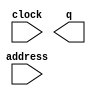
// megafunction wizard: %ROM: 1-PORT%VBB%
// GENERATION: STANDARD
// VERSION: WM1.0
// MODULE: altsyncram 

// ============================================================
// Megafunction Name(s):
// 			altsyncram
//
// Simulation Library Files(s):
// 			altera_mf
// ============================================================
// ************************************************************
// THIS IS A WIZARD-GENERATED FILE. DO NOT EDIT THIS FILE!
//
// 13.0.1 Build 232 06/12/2013 SP 1 SJ Full Version
// ************************************************************

//Copyright (C) 1991-2013 Altera Corporation
//Your use of Altera Corporation's design tools, logic functions 
//and other software and tools, and its AMPP partner logic 
//functions, and any output files from any of the foregoing 
//(including device programming or simulation files), and any 
//associated documentation or information are expressly subject 
//to the terms and conditions of the Altera Program License 
//Subscription Agreement, Altera MegaCore Function License 
//Agreement, or other applicable license agreement, including, 
//without limitation, that your use is for the sole purpose of 
//programming logic devices manufactured by Altera and sold by 
//Altera or its authorized distributors.  Please refer to the 
//applicable agreement for further details.

module MemoriaROM (
	address,
	clock,
	q);

	input	[3:0]  address;
	input	  clock;
	output	[7:0]  q;
`ifndef ALTERA_RESERVED_QIS
// synopsys translate_off
`endif
	tri1	  clock;
`ifndef ALTERA_RESERVED_QIS
// synopsys translate_on
`endif

endmodule

// ============================================================
// CNX file retrieval info
// ============================================================
// Retrieval info: PRIVATE: ADDRESSSTALL_A NUMERIC "0"
// Retrieval info: PRIVATE: AclrAddr NUMERIC "0"
// Retrieval info: PRIVATE: AclrByte NUMERIC "0"
// Retrieval info: PRIVATE: AclrOutput NUMERIC "0"
// Retrieval info: PRIVATE: BYTE_ENABLE NUMERIC "0"
// Retrieval info: PRIVATE: BYTE_SIZE NUMERIC "8"
// Retrieval info: PRIVATE: BlankMemory NUMERIC "0"
// Retrieval info: PRIVATE: CLOCK_ENABLE_INPUT_A NUMERIC "0"
// Retrieval info: PRIVATE: CLOCK_ENABLE_OUTPUT_A NUMERIC "0"
// Retrieval info: PRIVATE: Clken NUMERIC "0"
// Retrieval info: PRIVATE: IMPLEMENT_IN_LES NUMERIC "0"
// Retrieval info: PRIVATE: INIT_FILE_LAYOUT STRING "PORT_A"
// Retrieval info: PRIVATE: INIT_TO_SIM_X NUMERIC "0"
// Retrieval info: PRIVATE: INTENDED_DEVICE_FAMILY STRING "Cyclone IV E"
// Retrieval info: PRIVATE: JTAG_ENABLED NUMERIC "0"
// Retrieval info: PRIVATE: JTAG_ID STRING "NONE"
// Retrieval info: PRIVATE: MAXIMUM_DEPTH NUMERIC "0"
// Retrieval info: PRIVATE: MIFfilename STRING "../uP_Programa.hex"
// Retrieval info: PRIVATE: NUMWORDS_A NUMERIC "16"
// Retrieval info: PRIVATE: RAM_BLOCK_TYPE NUMERIC "0"
// Retrieval info: PRIVATE: RegAddr NUMERIC "1"
// Retrieval info: PRIVATE: RegOutput NUMERIC "0"
// Retrieval info: PRIVATE: SYNTH_WRAPPER_GEN_POSTFIX STRING "0"
// Retrieval info: PRIVATE: SingleClock NUMERIC "1"
// Retrieval info: PRIVATE: UseDQRAM NUMERIC "0"
// Retrieval info: PRIVATE: WidthAddr NUMERIC "4"
// Retrieval info: PRIVATE: WidthData NUMERIC "8"
// Retrieval info: PRIVATE: rden NUMERIC "0"
// Retrieval info: LIBRARY: altera_mf altera_mf.altera_mf_components.all
// Retrieval info: CONSTANT: ADDRESS_ACLR_A STRING "NONE"
// Retrieval info: CONSTANT: CLOCK_ENABLE_INPUT_A STRING "BYPASS"
// Retrieval info: CONSTANT: CLOCK_ENABLE_OUTPUT_A STRING "BYPASS"
// Retrieval info: CONSTANT: INIT_FILE STRING "../uP_Programa.hex"
// Retrieval info: CONSTANT: INTENDED_DEVICE_FAMILY STRING "Cyclone IV E"
// Retrieval info: CONSTANT: LPM_HINT STRING "ENABLE_RUNTIME_MOD=NO"
// Retrieval info: CONSTANT: LPM_TYPE STRING "altsyncram"
// Retrieval info: CONSTANT: NUMWORDS_A NUMERIC "16"
// Retrieval info: CONSTANT: OPERATION_MODE STRING "ROM"
// Retrieval info: CONSTANT: OUTDATA_ACLR_A STRING "NONE"
// Retrieval info: CONSTANT: OUTDATA_REG_A STRING "UNREGISTERED"
// Retrieval info: CONSTANT: WIDTHAD_A NUMERIC "4"
// Retrieval info: CONSTANT: WIDTH_A NUMERIC "8"
// Retrieval info: CONSTANT: WIDTH_BYTEENA_A NUMERIC "1"
// Retrieval info: USED_PORT: address 0 0 4 0 INPUT NODEFVAL "address[3..0]"
// Retrieval info: USED_PORT: clock 0 0 0 0 INPUT VCC "clock"
// Retrieval info: USED_PORT: q 0 0 8 0 OUTPUT NODEFVAL "q[7..0]"
// Retrieval info: CONNECT: @address_a 0 0 4 0 address 0 0 4 0
// Retrieval info: CONNECT: @clock0 0 0 0 0 clock 0 0 0 0
// Retrieval info: CONNECT: q 0 0 8 0 @q_a 0 0 8 0
// Retrieval info: GEN_FILE: TYPE_NORMAL MemoriaROM.v TRUE
// Retrieval info: GEN_FILE: TYPE_NORMAL MemoriaROM.inc FALSE
// Retrieval info: GEN_FILE: TYPE_NORMAL MemoriaROM.cmp FALSE
// Retrieval info: GEN_FILE: TYPE_NORMAL MemoriaROM.bsf TRUE
// Retrieval info: GEN_FILE: TYPE_NORMAL MemoriaROM_inst.v FALSE
// Retrieval info: GEN_FILE: TYPE_NORMAL MemoriaROM_bb.v TRUE
// Retrieval info: LIB_FILE: altera_mf